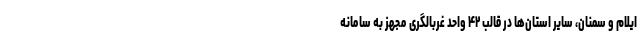
ایلام و سمنان، سایر استان‌ها در قالب ۴۲ واحد غربالگری مجهز به سامانه